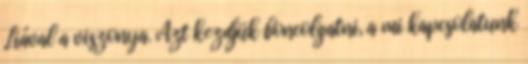
Liával a viszonya. Azt kezdjük boncolgatni, a mi kapcsolatunk